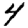
Digit: 4